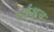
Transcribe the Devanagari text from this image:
राईश्च